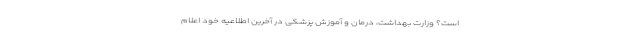
است؟ وزارت بهداشت، درمان و آموزش پزشکی در آخرین اطلاعیه خود اعلام